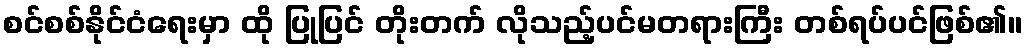
စင်စစ်နိုင်ငံရေးမှာ ထို ပြုပြင် တိုးတက် လိုသည့်ပင်မတရားကြီး တစ်ရပ်ပင်ဖြစ်၏။